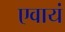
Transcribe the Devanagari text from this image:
एवायं